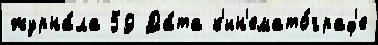
журна́ла 59 Да́та к'ин'емато́граф'е